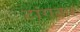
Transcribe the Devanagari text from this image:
टांगकर